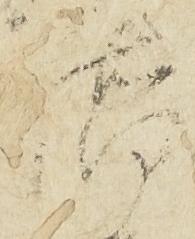
橋